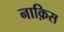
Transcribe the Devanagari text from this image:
नाक़िस